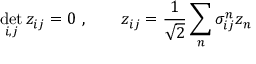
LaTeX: \operatorname * { d e t } _ { i , j } z _ { i j } = 0 \ , \qquad z _ { i j } = { \frac { 1 } { \sqrt { 2 } } } \sum _ { n } \sigma _ { i j } ^ { n } z _ { n }